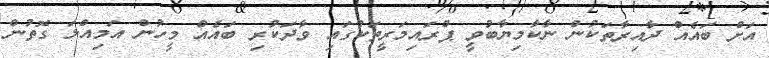
އަށް ބައެއް ދާއިރާތަކުން ނާކާމިޔާބުވީ ޕްރައިމަރީތަކުގައި ވާދަކުރި ބައެއް މީހުން އަމިއްލަ ގޮތުން